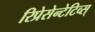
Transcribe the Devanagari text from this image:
रिप्रेसेन्टेटिव्स्